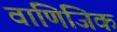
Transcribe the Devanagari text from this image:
वाणिजिक